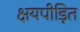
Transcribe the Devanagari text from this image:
क्षयपीड़ित